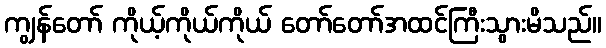
ကျွန်တော် ကိုယ့်ကိုယ်ကိုယ် တော်တော်အထင်ကြီးသွားမိသည်။